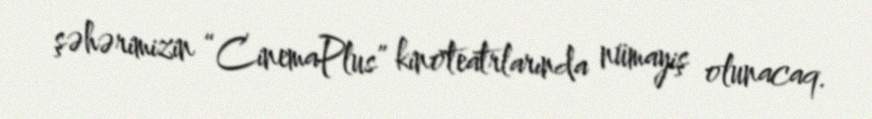
şəhərimizin “CinemaPlus” kinoteatrlarında nümayiş olunacaq.